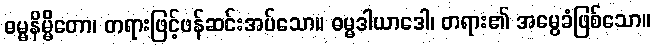
ဓမ္မနိမ္မိတော၊ တရားဖြင့်ဖန်ဆင်းအပ်သော။ ဓမ္မဒါယာဒေါ၊ တရား၏ အမွေခံဖြစ်သော။